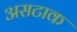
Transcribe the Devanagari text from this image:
असटाक